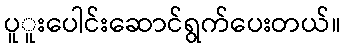
ပူူးပေါင်းဆောင်ရွက်ပေးတယ်။